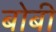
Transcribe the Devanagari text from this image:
बोबी